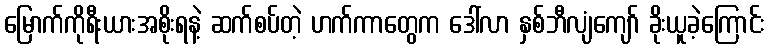
မြောက်ကိုရီးယားအစိုးရနဲ့ ဆက်စပ်တဲ့ ဟက်ကာတွေက ဒေါ်လာ နှစ်ဘီလျံကျော် ခိုးယူခဲ့ကြောင်း